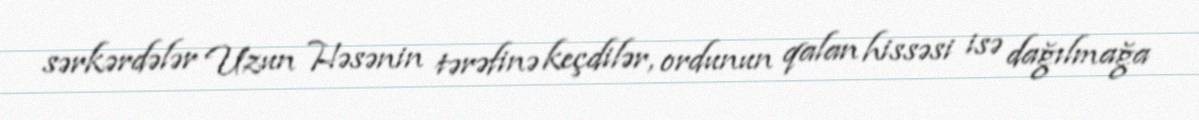
sərkərdələr Uzun Həsənin tərəfinə keçdilər, ordunun qalan hissəsi isə dağılmağa